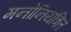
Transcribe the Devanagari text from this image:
मनोनियंत्रित